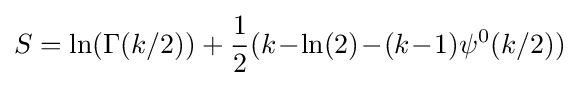
S=\ln(\Gamma (k/2))+{\frac {1}{2}}(k\!-\!\ln(2)\!-\!(k\!-\!1)\psi ^{0}(k/2))